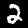
Digit: 2